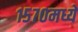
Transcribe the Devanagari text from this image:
१५७०मध्ये